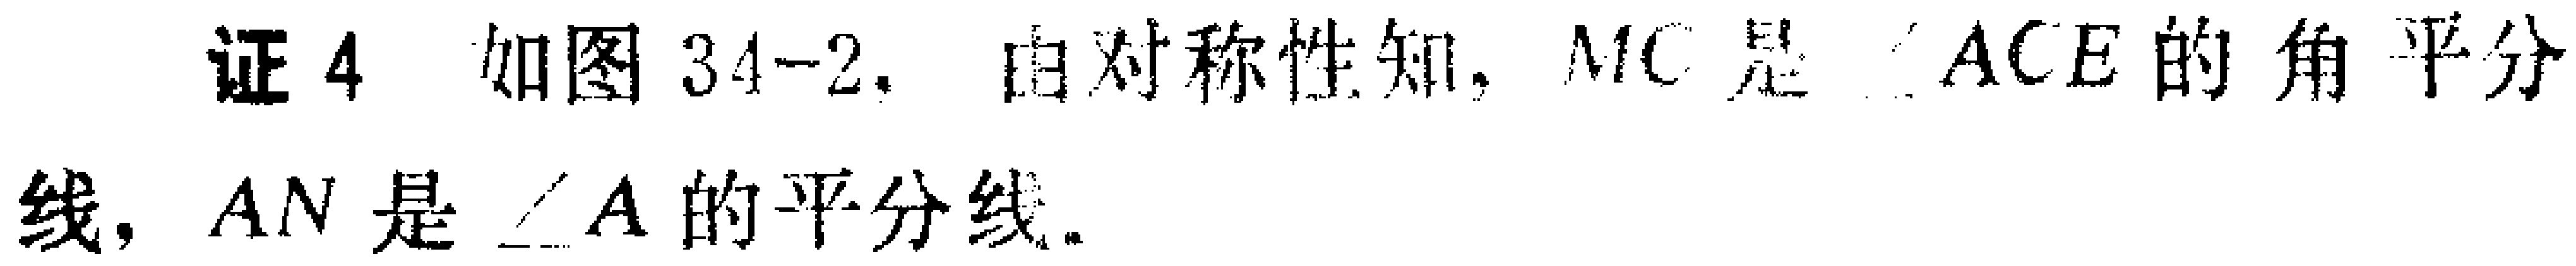
证4 如图34-2. 由对称性知, \(MC\)是 \(\angle ACE\)的角平分线, \(AN\)是 \(\angle A\)的平分线.